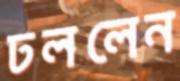
ঢললেন